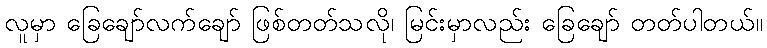
လူမှာ ခြေချော်လက်ချော် ဖြစ်တတ်သလို၊ မြင်းမှာလည်း ခြေချော် တတ်ပါတယ်။